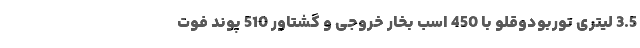
3.5 لیتری توربودوقلو با 450 اسب بخار خروجی و گشتاور 510 پوند فوت